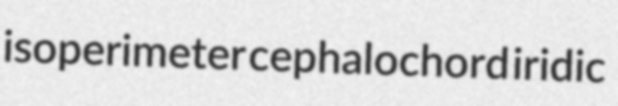
isoperimeter cephalochord iridic